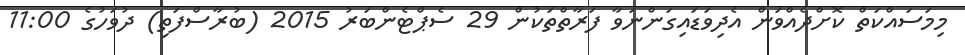
މިމަސައްކަތް ކޮށްދެއްވަން އެދިވަޑައިގަންނަވާ ފަރާތްތަކުން 29 ސެޕްޓެންބަރު 2015 (ބުރާސްފަތި) ދުވަހުގެ 11:00